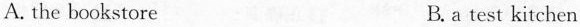
A. the bookstore B. a test kitchen